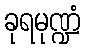
ခုရမုဏ္ဍံ